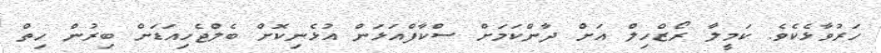
ހަރުވާޅެކެވެ. ކަމީލާ ރޯޒްހިލް އަށް ދާންކަމަށް ސްކާފްއަޅަން އުޅެނިކޮށް ބެލްޖެހިއަޑަށް ބިރުން ހިތް